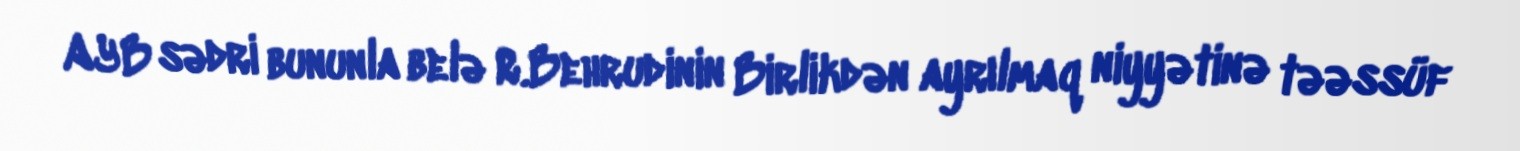
AYB sədri bununla belə R.Behrudinin Birlikdən ayrılmaq niyyətinə təəssüf